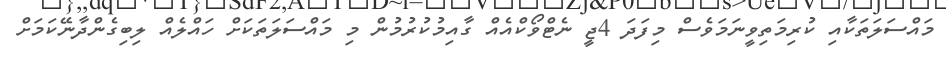
މައްސަލަތަކާއި ކުރިމަތިވީނަމަވެސް މިފަދަ 4ޖީ ނެޓްވޯކްއެއް ގާއިމުކުރުމުން މި މައްސަލަތަކަށް ހައްލެއް ލިބިގެންދާނޭކަމަށް